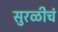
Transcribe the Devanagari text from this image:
सुरळीचं